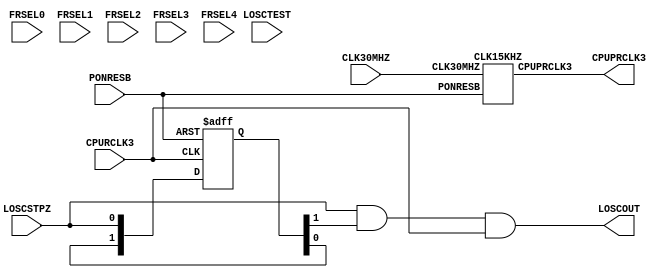
/************************************************************************/
/* Date		: 2009/11/16						*/
/* Version	: 100							*/
/* Designer	: T.Tsunoda						*/
/* Note		: SS3rd$BMQ(BWDT$BFbB"H/?64o$N(BICE$BMQ(BEmulationMacro.		*/
/************************************************************************/
/* Date		: 2010/04/15						*/
/* Version	: 101							*/
/* Designer	: T.Tsunoda						*/
/* Note		: $B!&(BMacro$BL>$rJQ99!#(B(ROSC15KHZ -> QAHIOS1BN15KV1_ICE)	*/
/*		: $B!&C<;RDI2C!#(B($BCV$-49$(85$N(BMacro$B$HC<;R>pJs$r9g$;$kL\E*(B	*/
/*		:   $B$G!"CV$-49$(85$K$"$C$F!"$3$N(BMacro$B$G$O;H$o$J$$C<;R$r(B	*/
/*		:   $BA4$F;}$?$;$?!#(B(Open or $BC<;R=hM}(B)			*/
/************************************************************************/
// $Id$

module QAHIOS1BN15KV1_ICE (
	LOSCSTPZ, LOSCOUT,
	CLK30MHZ, PONRESB, CPUPRCLK3, CPURCLK3,
	FRSEL0, FRSEL1, FRSEL2, FRSEL3, FRSEL4, LOSCTEST
);
	input	LOSCSTPZ;	// $BH/?65v2D?.9f(B(WDT$BMQ(BClock$BDd;_?.9f(B)	(from CSC)
	output	LOSCOUT;	// $BH/?6=PNO(B(WDT$BMQ(BClock)			(to CSC)
	/*--------------*/
	/* ICE$BMQ(BI/F	*/
	/*--------------*/
	input	CLK30MHZ;	// ICE$BMQ(B30MHz$B8GDj(BClock.			(from Board)
	input	PONRESB;	// Power-ON Reset$B?.9f(B			(from reset block)
	output	CPUPRCLK3;	// Clock Block$B$KEO$9(BWDT$BMQ(BClock.		(to clock block)
	input	CPURCLK3;	// Clock Block$B$+$i$b$i$&(BWDT$BMQ(BClock.	(from clock block)
	/*----------------------*/
	/* $BF~NO$N$_(B($BL$;HMQC<;R(B)	*/
	/*----------------------*/
	input	FRSEL0;		// $BH/?6<~GH?t$N(BTrimming$B@)8f(B		(from cibc)
	input	FRSEL1;		// $BH/?6<~GH?t$N(BTrimming$B@)8f(B		(from cibc)
	input	FRSEL2;		// $BH/?6<~GH?t$N(BTrimming$B@)8f(B		(from cibc)
	input	FRSEL3;		// $BH/?6<~GH?t$N(BTrimming$B@)8f(B		(from cibc)
	input	FRSEL4;		// $BH/?6<~GH?t$N(BTrimming$B@)8f(B		(from cibc)
	input	LOSCTEST;	// $B<~GH?t%F%9%H?.9f(B($BJ,<~A0?.9f=PNO(B)	(from csc)


	// Clock$B%V%m%C%/$KEO$9(BWDT$BMQ(BClock$B$N85(BClock
	//
	CLK15KHZ clk15k (
		.CLK30MHZ(CLK30MHZ),
		.PONRESB(PONRESB),
		.CPUPRCLK3(CPUPRCLK3)
	);

	// CSC$B$KEO$9(BWDT$BMQ(BClock
	//
	reg [1:0] r15kstpz_l;
	always @(negedge CPURCLK3 or negedge PONRESB ) begin
		if (!PONRESB)
			r15kstpz_l <= 2'b00;
		else	r15kstpz_l <= {r15kstpz_l[0], LOSCSTPZ};
	end
	assign	LOSCOUT = LOSCSTPZ & r15kstpz_l[1] & CPURCLK3;

endmodule

module	CLK15KHZ ( CLK30MHZ, PONRESB, CPUPRCLK3 );
	input	CLK30MHZ, PONRESB;
	output	CPUPRCLK3;


	reg		CLK15K;
	reg [10:0]	count;
	always @(posedge CLK30MHZ or negedge PONRESB) begin
		if (!PONRESB) begin
			CLK15K <= 1'b0;
			count <= 11'h7cf;
		end
		else if (count == 11'h3e8) begin
			CLK15K <= 1'b1;
			count <= count -1;
		end
		else if (count == 11'h000) begin
			CLK15K <= 1'b0;
			count <= 11'h7cf;
		end
		else	count <= count - 1;
	end
	wire	CPUPRCLK3 = CLK15K;

endmodule